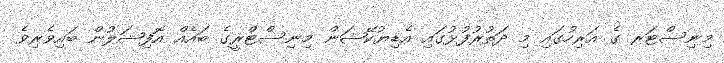
މިނިސްޓަރ ގެ އަރިހުގައި މި ދަތުރުފުޅުގައި އެޑިޔުކޭޝަން މިނިސްޓްރީގެ ބައެއް އޮފިޝަލުން ބައިވެރިވެ